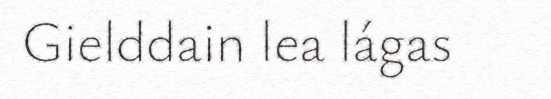
Gielddain lea lágas